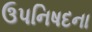
ઉપનિષદના